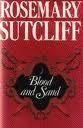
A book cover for Blood and Sand; Rosemary Sutcliff; Religion & Spirituality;